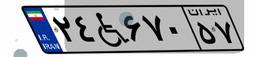
۲۴W۶۷۰۵۷